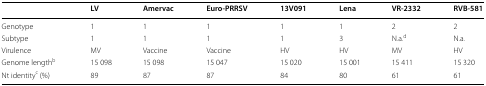
<table><thead><tr><td></td><td><b>LV</b></td><td><b>Amervac</b></td><td><b>Euro-PRRSV</b></td><td><b>13V091</b></td><td><b>Lena</b></td><td><b>VR-2332</b></td><td><b>RVB-581</b></td></tr></thead><tbody><tr><td>Genotype</td><td>1</td><td>1</td><td>1</td><td>1</td><td>1</td><td>2</td><td>2</td></tr><tr><td>Subtype</td><td>1</td><td>1</td><td>1</td><td>1</td><td>3</td><td>N.a.<sup>d</sup></td><td>N.a.</td></tr><tr><td>Virulence</td><td>MV</td><td>Vaccine</td><td>Vaccine</td><td>HV</td><td>HV</td><td>MV</td><td>HV</td></tr><tr><td>Genome length<sup>b</sup></td><td>15 098</td><td>15 098</td><td>15 047</td><td>15 020</td><td>15 001</td><td>15 411</td><td>15 320</td></tr><tr><td>Nt identity<sup>c</sup> (%)</td><td>89</td><td>87</td><td>87</td><td>84</td><td>80</td><td>61</td><td>61</td></tr></tbody></table>